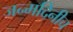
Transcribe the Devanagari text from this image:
जन्मदिनीच